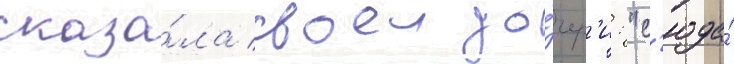
сказа́ла своеи до́чер'и: "с'юда́